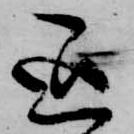
退